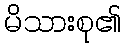
မိသားစု၏